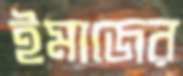
ইমাজের